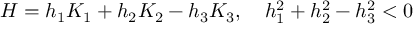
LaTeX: H = h _ { 1 } K _ { 1 } + h _ { 2 } K _ { 2 } - h _ { 3 } K _ { 3 } , \quad h _ { 1 } ^ { 2 } + h _ { 2 } ^ { 2 } - h _ { 3 } ^ { 2 } < 0